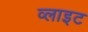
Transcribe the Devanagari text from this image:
व्‍लाइट